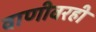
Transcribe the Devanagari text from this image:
वाणीवरही